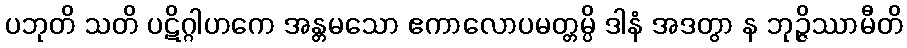
ပဘုတိ သတိ ပဋိဂ္ဂါဟကေ အန္တမသော ဧကာလောပမတ္တမ္ပိ ဒါနံ အဒတွာ န ဘုဉ္ဇိဿာမီတိ